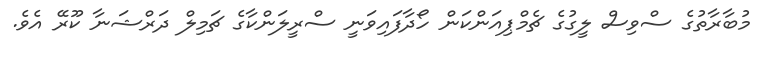
މުބާރާތުގެ ސްވިސް ލީގުގެ ޗެމްޕިއަންކަން ހޯދާފައިވަނީ ސްރީލަންކާގެ ޗަމިލް ދަރްޝަނާ ކޫރޭ އެވެ.